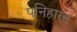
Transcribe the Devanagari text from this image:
पनिहारन